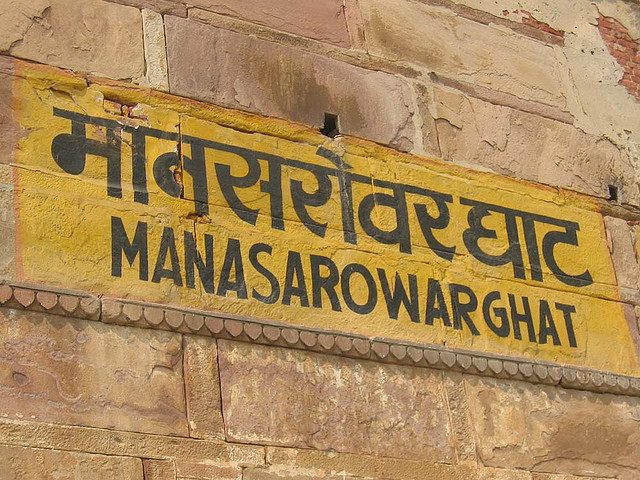
Language: hindi
Transcription: मानसरोवर घाट